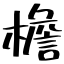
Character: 檐